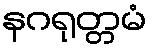
နဂရုတ္တမံ